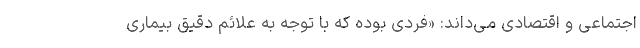
اجتماعی و اقتصادی می‌داند: «فردی بوده که با توجه به علائم دقیق بیماری